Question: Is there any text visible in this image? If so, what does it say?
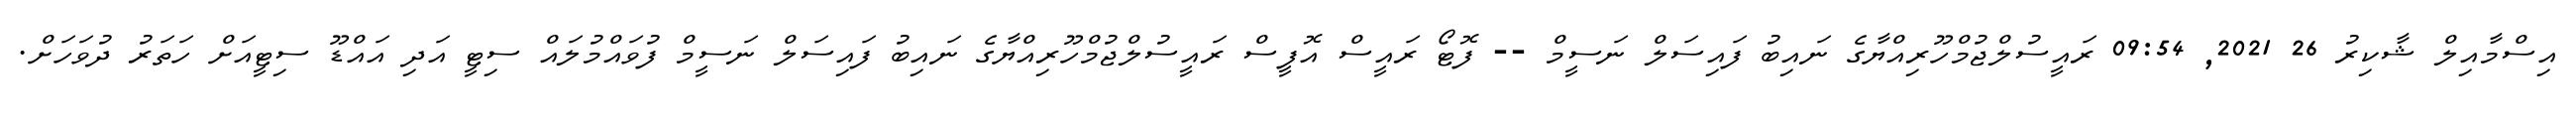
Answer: އިސްމާއިލް ޝާކިރު 26 2021, 09:54 ރައީސުލްޖުމްހޫރިއްޔާގެ ނައިބު ފައިސަލް ނަސީމް -- ފޮޓޯ ރައީސް އޮފީސް ރައީސުލްޖުމްހޫރިއްޔާގެ ނައިބު ފައިސަލް ނަސީމް ފުވައްމުލައް ސިޓީ އަދި އައްޑޫ ސިޓީއަށް ހަތަރު ދުވަހަށް.